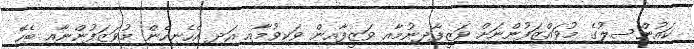
ކައުންސިލުގެ މުވައްޒަފުންނަށް ވަޒީފާދިނުމާއި ވަޒީފާއިން ވަކިވުމާއި އަދި އެހެނިހެން މުވަޒަފުންނާއި ބެހޭ